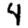
Digit: 4